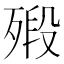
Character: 㱭